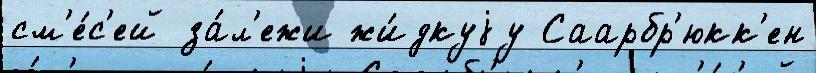
см'е́с'ей за́л'ежи жи́дкуjу Саарбр'юкк'ен